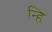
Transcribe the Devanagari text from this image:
न्हि